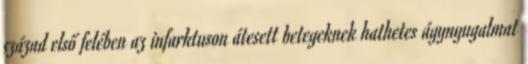
század első felében az infarktuson átesett betegeknek hathetes ágynyugalmat